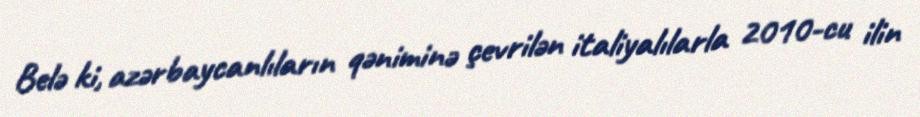
Belə ki, azərbaycanlıların qəniminə çevrilən italiyalılarla 2010-cu ilin